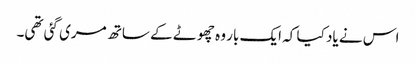
اس نے یاد کیا کہ ایک بار وہ چھوٹے کے ساتھ مری گئی تھی۔